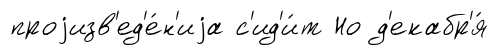
проjизв'ед'е́н'иjа с'ид'и́т Но д'екабр'я́